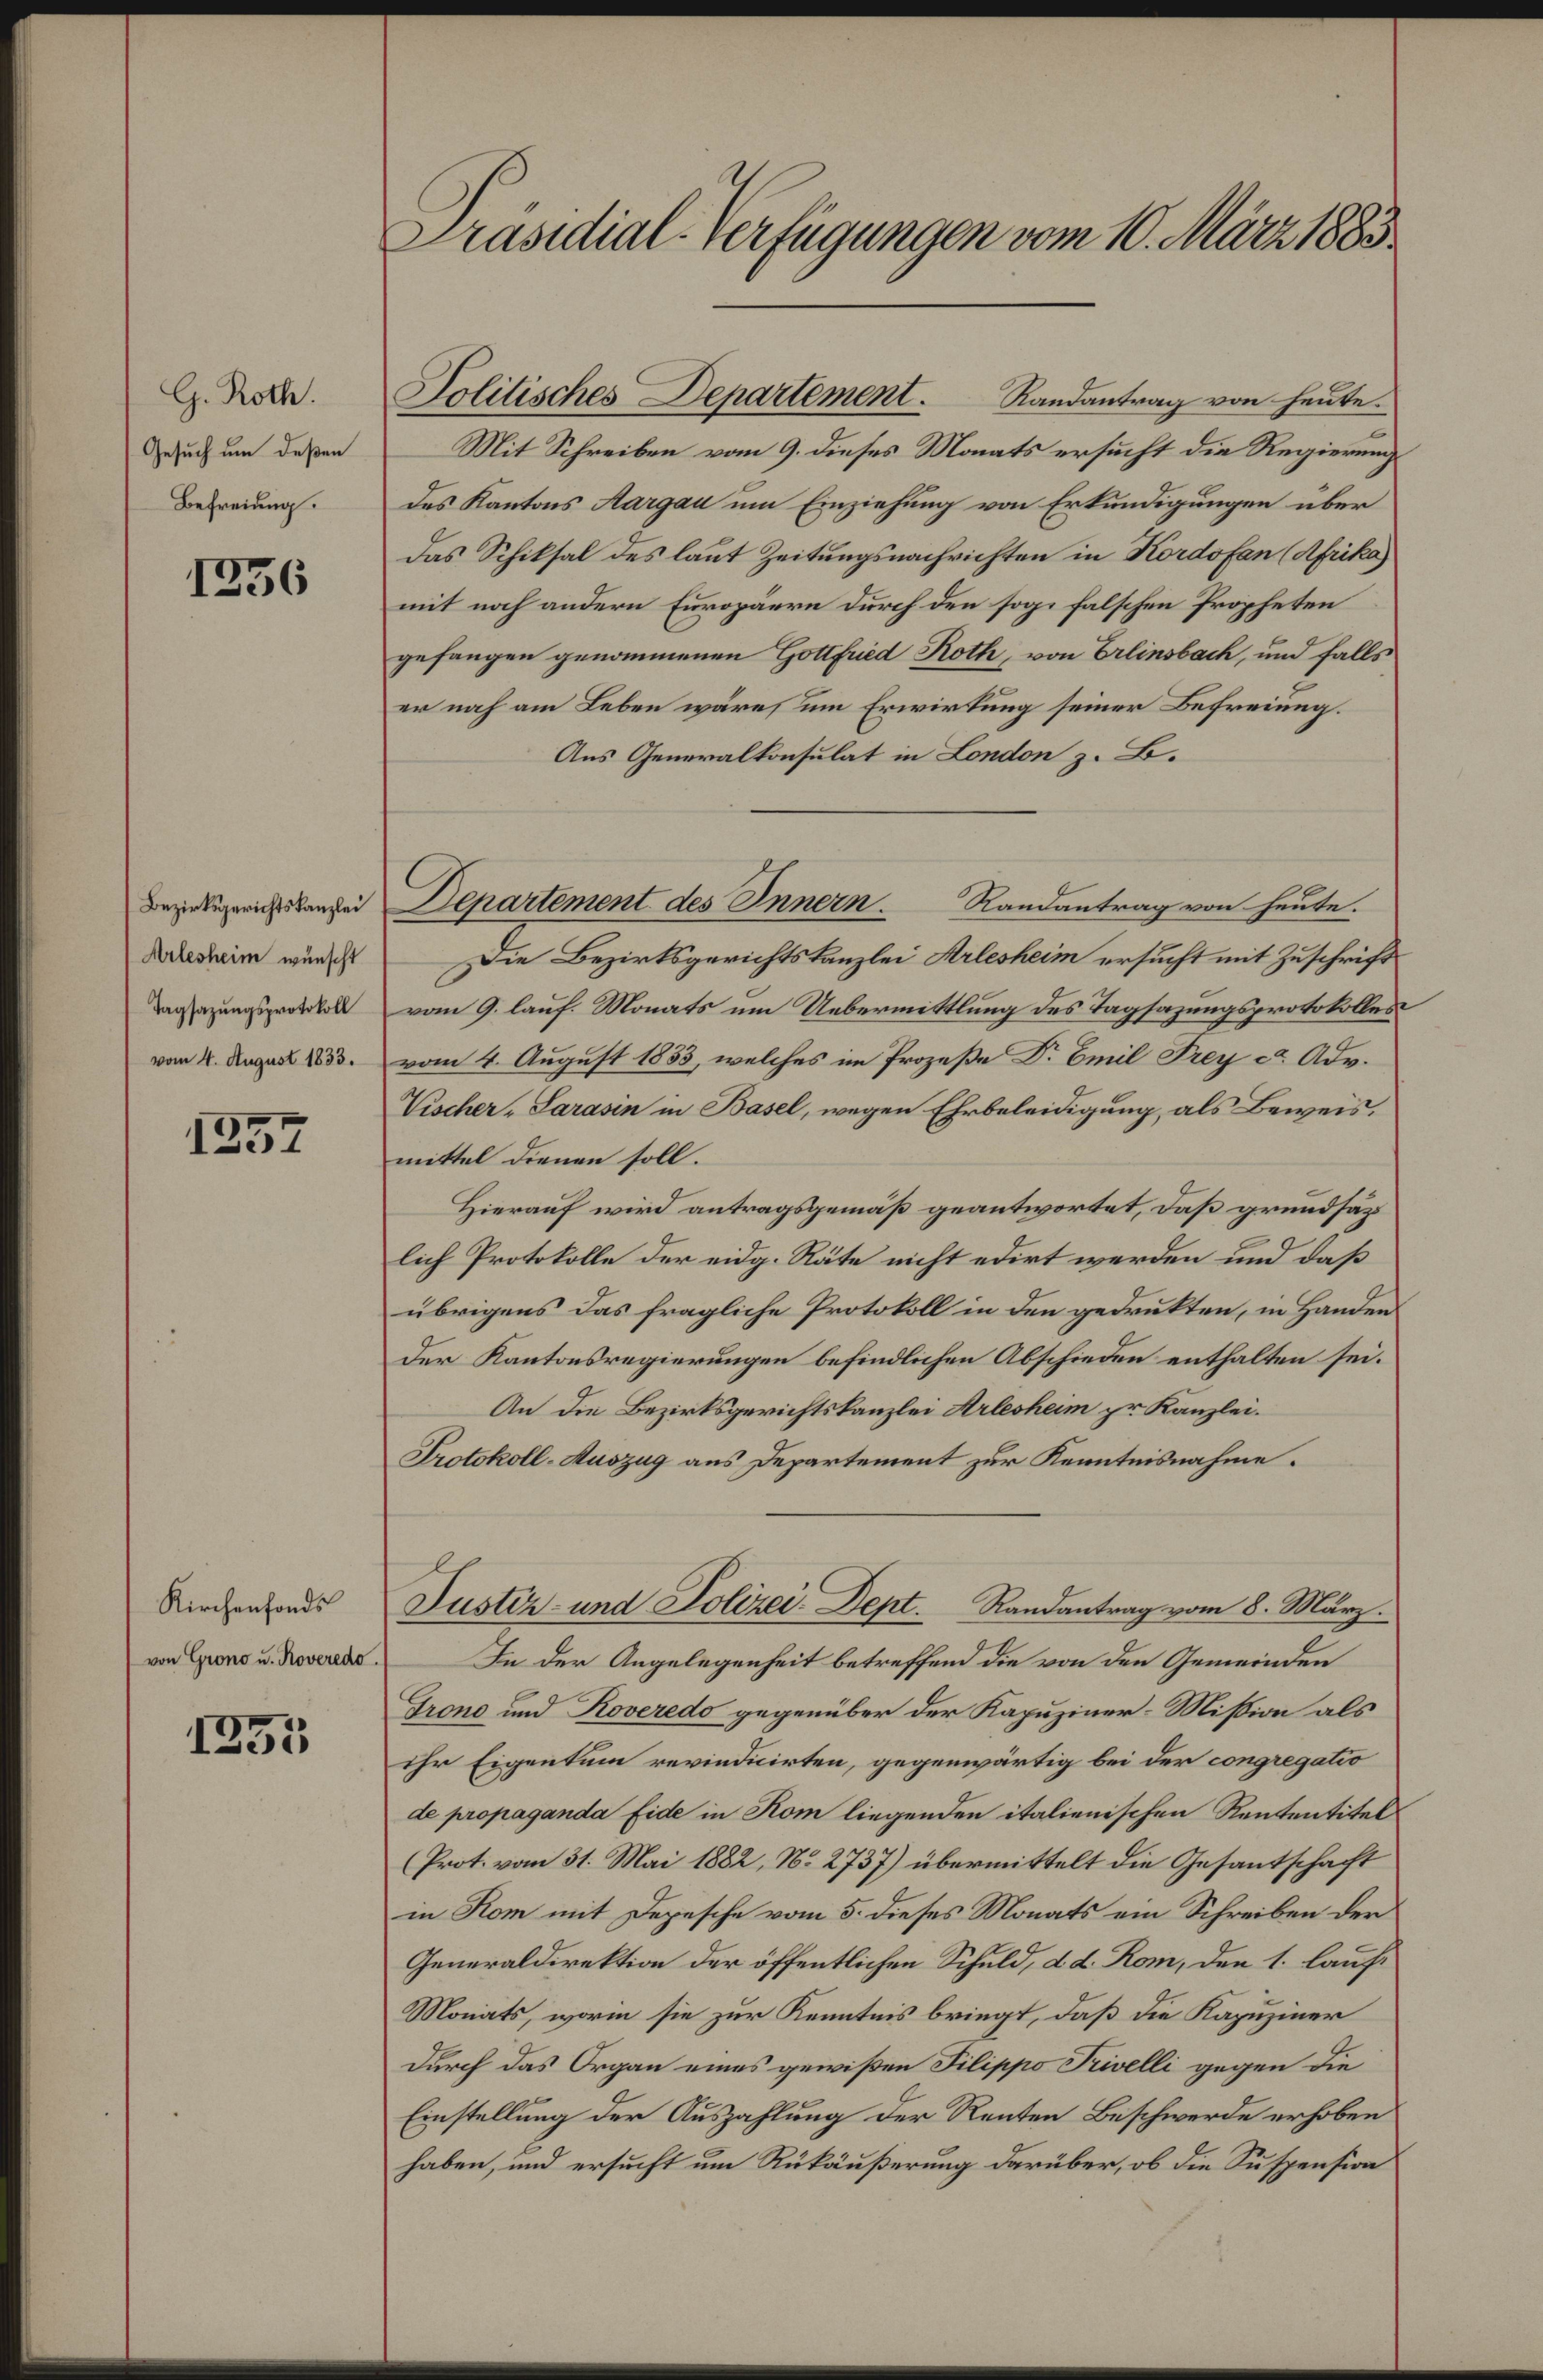
G. Roth.
Gesuch um deßen
Befreiung.

1236

Arlesheim wünscht
Tagsazungsprotokoll
vom 4. August 1833.

1257

Kirchenfonds
von Grono u. Roveredo

1255

Präsidial-Verfügungen vom 10. März 1883.

Mit Schreiben vom 9. dieses Monats ersucht die Regierung
des Kantons Aargau um Einziehung von Erkundigungen über
Das Schiksal des laut Zeitungsnachrichten in Kordofen (Afrika
mit noch andern Europäern durch den sog. falschen Propheten
gefangen genommenen Gottfried Roth, von Erlinsbach, und falls
er noch am Leben wäre, um Erwirkung seiner Befreiung.
Aus Generalkonsulat in London z. B.
Die Bezirksgerichtskanzlei Arlesheim ersucht mit Zuschrift
vom 9. lauf. Monats um Uebermittlung des Tagsazungsprotokolles
vom 4. August 1853, welches im Prozeße Dr. Emil Frey c. Adv.
Vischer-Sarasin in Basel, wegen Ehrbeleidigung, als Beweis.
mittel dienen soll.
Hierauf wird antragsgemäß geantwortet, daß grundsazt
lich Protokolle der eidg. Räte nicht edirt werden und daß
übrigens das fragliche Protokoll in den gedrukten, in Handen
Der Kantonsregierungen befindlichen Abschieden enthalten sei.
An die Bezirksgerichtskanzlei Arlesheim pr. Kanzlei.
Protokoll-Auszug aus Departement zur Kenntnisnahme.
Justiz- und Polizei-Dept. Randantrag vom 8. März.
In der Angelegenheit betreffend die von den Gemeinden
Grono und Roveredo gegenüber der Kapuziner-Mission als
ihr Eigentum revindicirten, gegenwärtig bei der congregatio
de propaganda Eide in Kom liegenden italienischen Rententitel
(Prot. vom 31. Mai 1882, No 2737) übermittelt die Gesantschaft
in Kom mit Depesche vom 5. dieses Monats ein Schreiben der
Generaldirektion der öffentlichen Schuld, d. d. Rom, den 1. lauf
Monats, worin sie zur Kenntnis bringt, daß die Kapuziner
durch das Organ eines gewißen Filippo Trivelli gegen die
Einstellung der Auszahlung der Renten Beschwerde erhoben
haben, und ersucht um Rükäußerung darüber, ob die Suspension

Politisches Departement. Randantrag von heute.

Bezirksgerichtskanzlei Departement des Innern. Randantrag von heute.